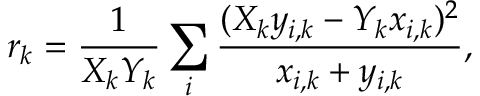
r _ { k } = \frac { 1 } { X _ { k } Y _ { k } } \sum _ { i } \frac { ( X _ { k } y _ { i , k } - Y _ { k } x _ { i , k } ) ^ { 2 } } { x _ { i , k } + y _ { i , k } } ,